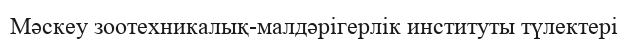
Мәскеу зоотехникалық-малдәрігерлік институты түлектері